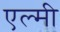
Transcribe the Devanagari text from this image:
एल्मी